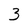
Character: 3